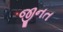
જીનત